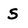
Character: S